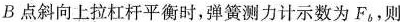
B点斜向上拉杠杆平衡时，弹簧测力计示数为F_{b}，则